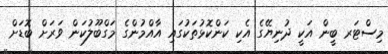
މިސްޓަރ ބީން އަކީ ދުނިޔޭގެ އެކި ކަންކޮޅުތަކުގައި އާއްމުންގެ މަގްބޫލުކަން ވަރަށް ބޮޑަށް